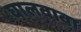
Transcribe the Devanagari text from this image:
घालवावा